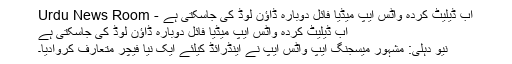
اب ڈیلیٹ کردہ واٹس ایپ میڈیا فائل دوبارہ ڈاؤن لوڈ کی جاسکتی ہے - Urdu News Room
اب ڈیلیٹ کردہ واٹس ایپ میڈیا فائل دوبارہ ڈاؤن لوڈ کی جاسکتی ہے
نیو دہلی: مشہور میسجنگ ایپ واٹس ایپ نے اینڈرائڈ کیلئے ایک نیا فیچر متعارف کروادیا۔